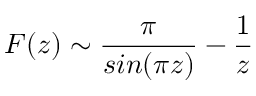
F ( z ) \sim \frac { \pi } { s i n ( \pi z ) } - \frac { 1 } { z }